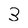
Character: 3